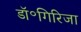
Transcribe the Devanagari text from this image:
डॉ॰गिरिजा